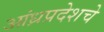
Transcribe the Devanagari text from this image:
आंध्रप्रदेशचे